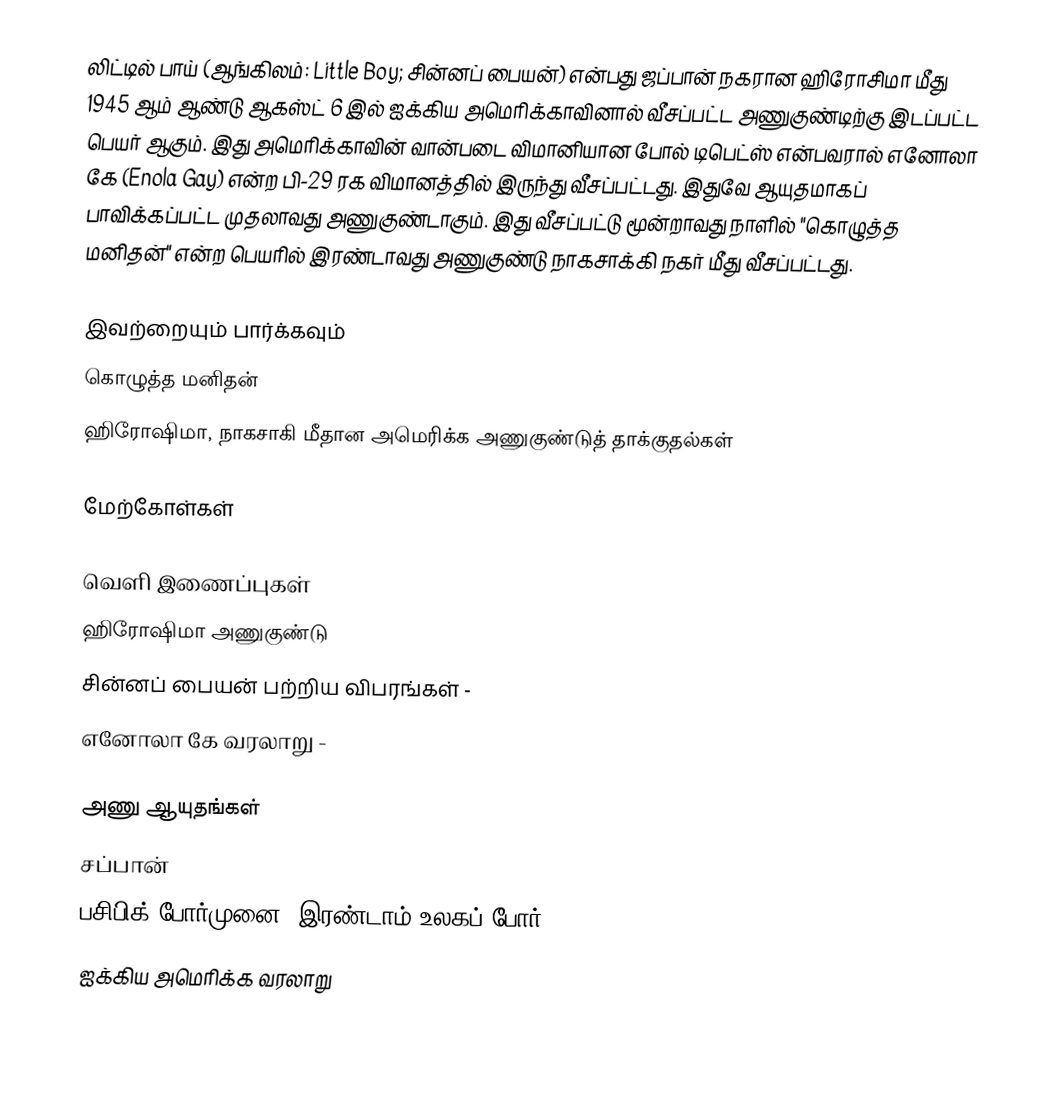
லிட்டில் பாய் (ஆங்கிலம்: Little Boy;  சின்னப் பையன்) என்பது ஜப்பான் நகரான ஹிரோசிமா மீது 1945 ஆம் ஆண்டு ஆகஸ்ட் 6 இல் ஐக்கிய அமெரிக்காவினால் வீசப்பட்ட அணுகுண்டிற்கு இடப்பட்ட பெயர் ஆகும். இது அமெரிக்காவின் வான்படை விமானியான போல் டிபெட்ஸ் என்பவரால் எனோலா கே (Enola Gay) என்ற பி-29 ரக விமானத்தில் இருந்து வீசப்பட்டது. இதுவே ஆயுதமாகப் பாவிக்கப்பட்ட முதலாவது அணுகுண்டாகும். இது வீசப்பட்டு மூன்றாவது நாளில் "கொழுத்த மனிதன்" என்ற பெயரில் இரண்டாவது அணுகுண்டு நாகசாக்கி நகர் மீது வீசப்பட்டது.

இவற்றையும் பார்க்கவும்
 கொழுத்த மனிதன்
ஹிரோஷிமா, நாகசாகி மீதான அமெரிக்க அணுகுண்டுத் தாக்குதல்கள்

மேற்கோள்கள்

வெளி இணைப்புகள்
 ஹிரோஷிமா அணுகுண்டு
 சின்னப் பையன் பற்றிய விபரங்கள் -
 எனோலா கே வரலாறு -

அணு ஆயுதங்கள்
சப்பான்
பசிபிக் போர்முனை (இரண்டாம் உலகப் போர்)
ஐக்கிய அமெரிக்க வரலாறு